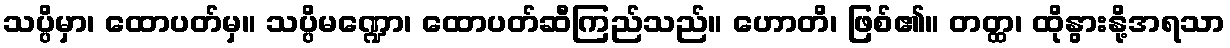
သပ္ပိမှာ၊ ထောပတ်မှ။ သပ္ပိမဏ္ဍော၊ ထောပတ်ဆီကြည်သည်။ ဟောတိ၊ ဖြစ်၏။ တတ္ထ၊ ထိုနွားနို့အရသာ